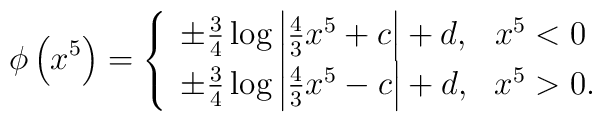
\phi \left( x^5\right) =\left\{  \begin{array}{l l}   \pm \frac{3}{4}\log\left|\frac{4}{3}x^5 + c \right| + d, & x^5 < 0\\  \pm \frac{3}{4}\log\left|\frac{4}{3}x^5 - c \right| + d, & x^5 >0 .  \end{array} \right .